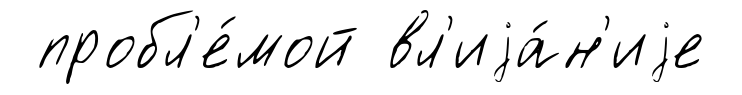
пробл'е́мой вл'иjа́н'иjе